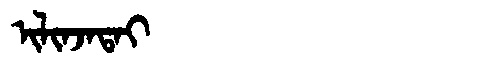
Manchu: ᡳᠯᡳᠨᠵᠠᡨᠠᡳ
Romanization: ILINJATAI